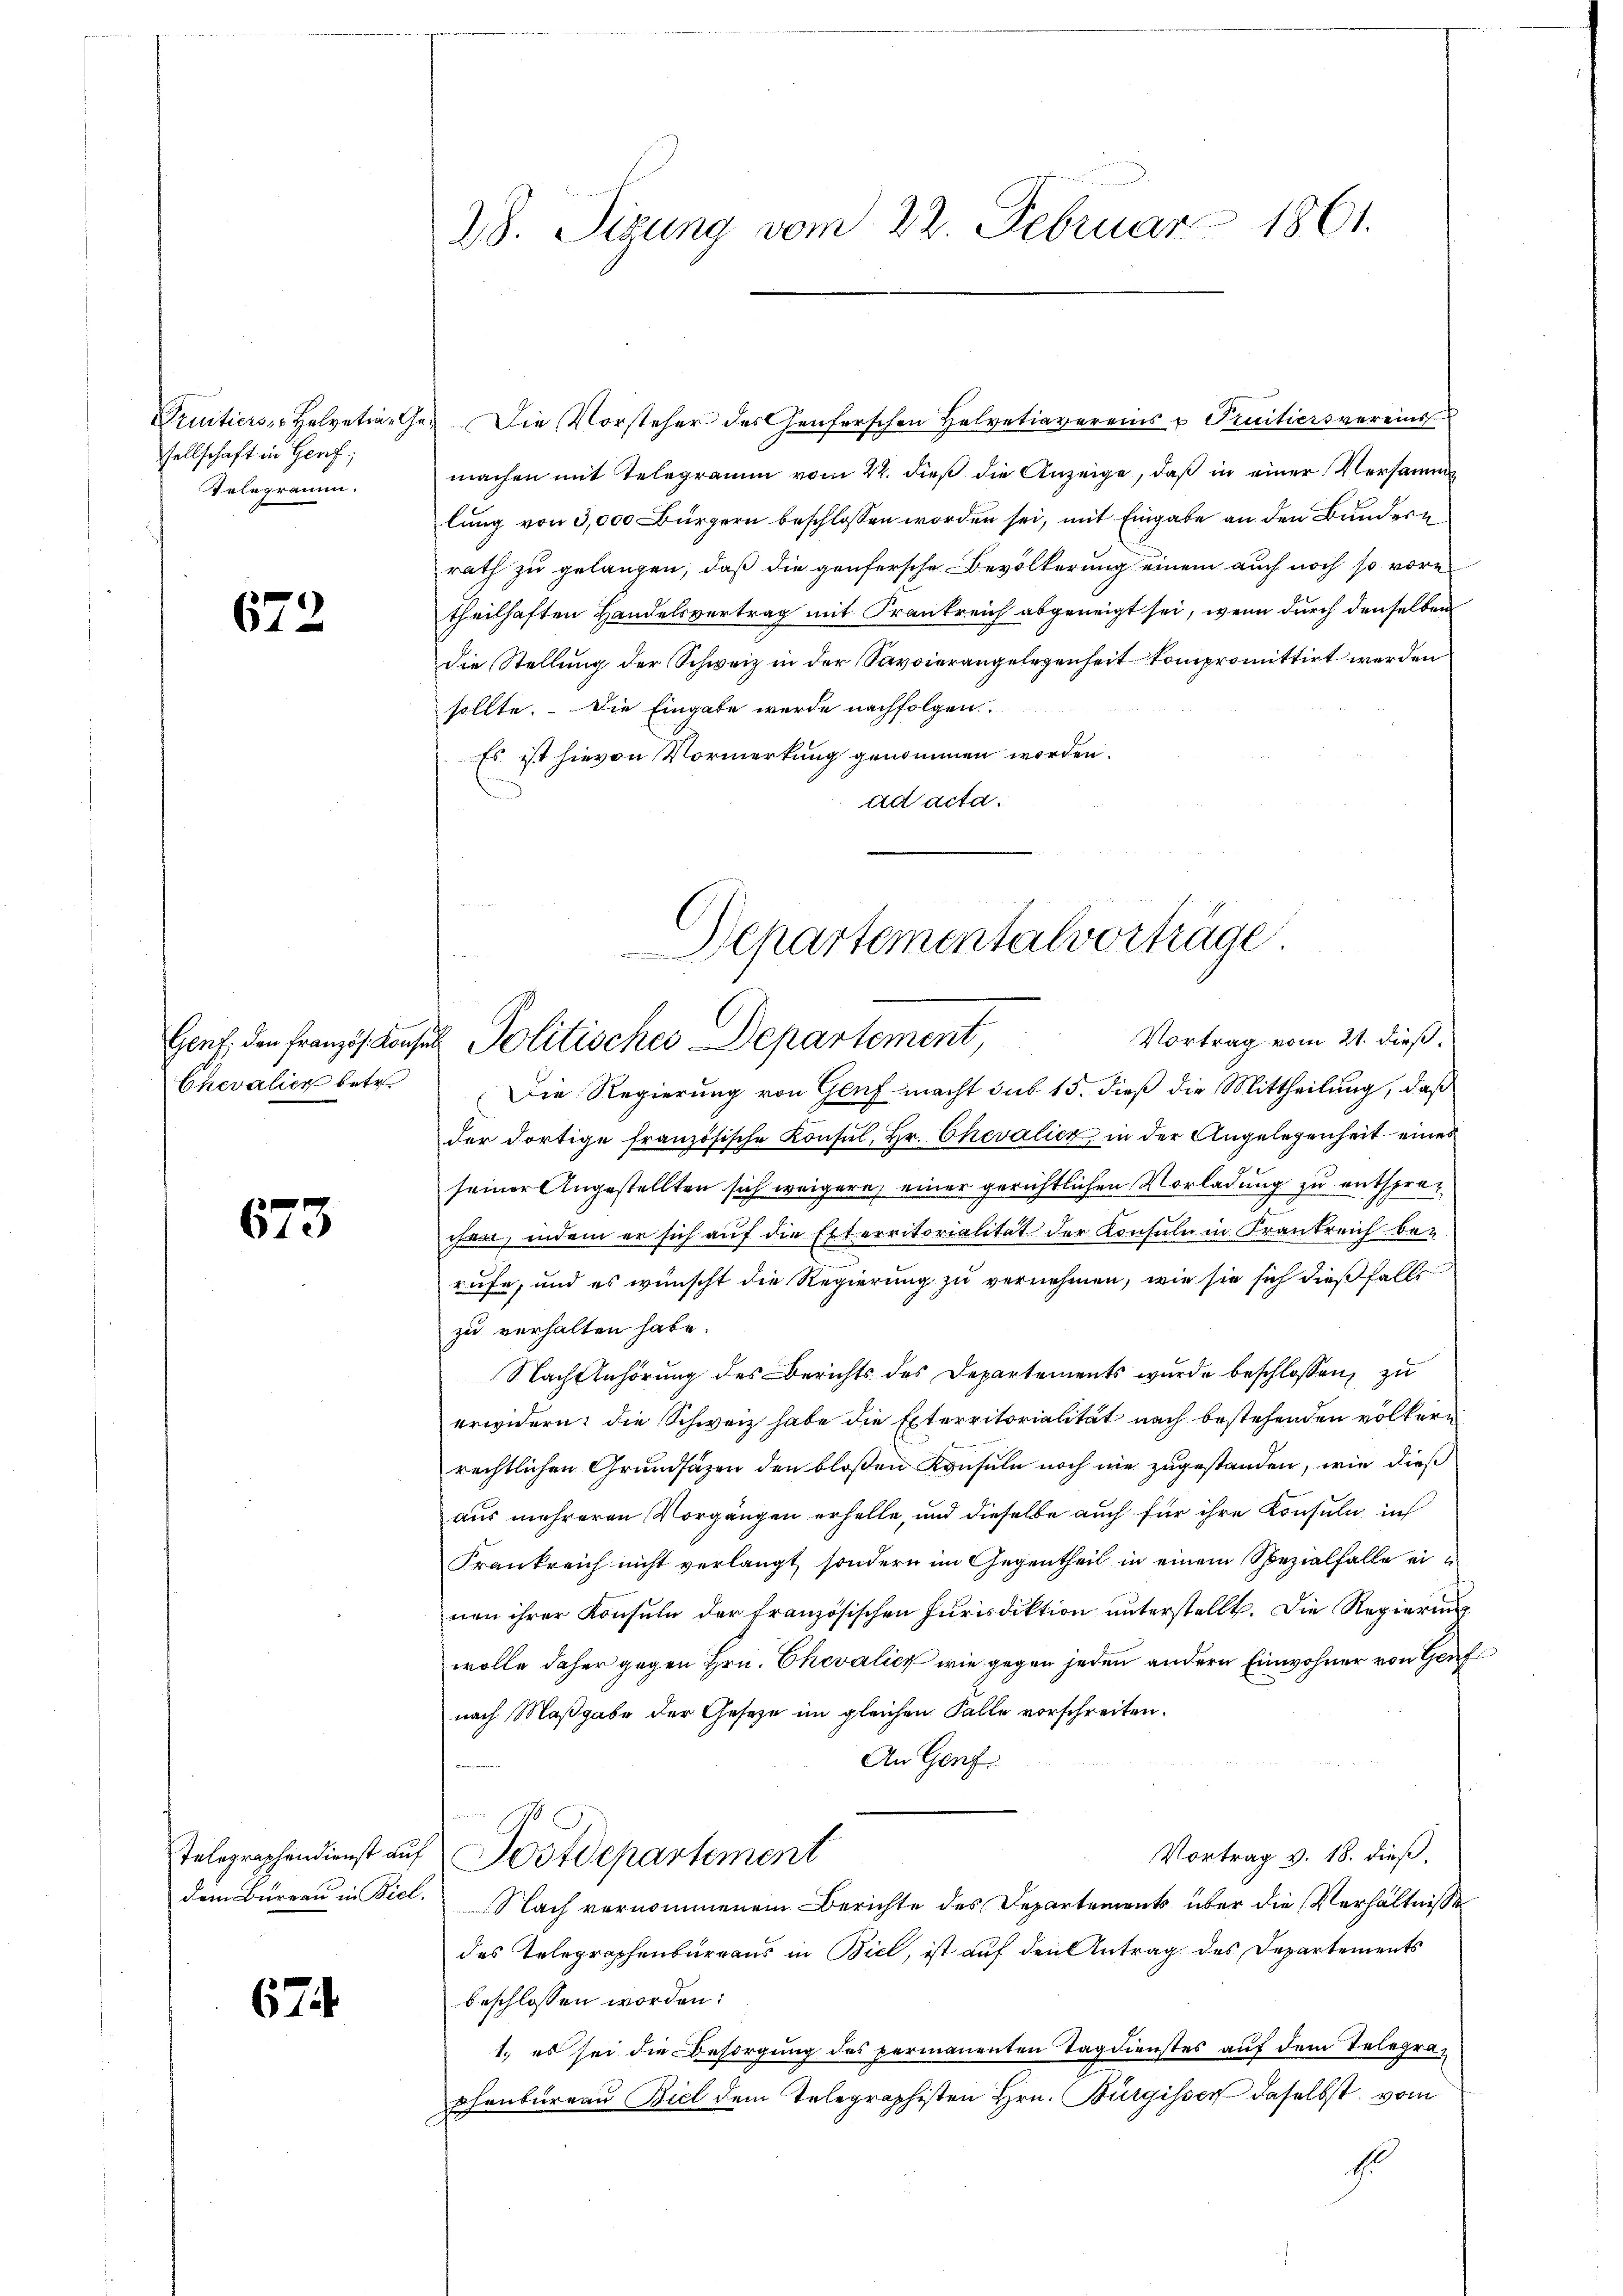
sellschaft in Gerf;
Telegramm.

672

Genf, den Französ. Konsul
Chevalien betr.

673

Truitiers, Helvetian Ge¬ Die Vorsteher des Genferschen Helvetiavereins u Pruitiersvereins
machen mit Telegramm vom 22. dieß die Anzeige, daß in einer Versamm
lung von 3,000 Bürgern beschlossen worden sei, mit Eingabe an den Bundern
rath zu gelangen, daß die genfersche Bevölkerung einem auch noch so vore
theilhaften Handelsvertrag mit Frankreich abgeneigt sei, wenn durch denselben
die Stellung der Schweiz in der Savoirrangelegenheit kompromittirt werden
sollte. Die Eingabe wurde nachfolgen.
Es ist hievon Vormerkung genommen worden.
ad acta.

Telegraphendienst auf
dem Bureau in Biel.

67

28. Sigung vom 22. Februar 1861.

Departementalvorträge
Vortrag vom 21. dieß:
Politisches Departement,

Die Regierung von Graf macht sub 15. dieß die Mittheilung, daß
der dortige französische Konsul, Hr. Chevalicz in der Angelegenheit eines
seiner Angestellten sich weigern einer gerichtlichen Vorladung zu entsprec
chen, indem er sich auf die Exterritorialität der Konsuln in Frankreich be-
rufe, und es wünscht die Regierung zu vernehmen, wie sie sich dießfalls
zu verhalten habe.
Nachtlühörung des Berichts des Departements wurde beschlossen, zu
erwidern: die Schweiz habe die Exterritorialität nach bestehenden völkern
rechtlichen Grundsätzen den bloßen Konsuln noch nie zugestanden, wie dieß
aus mehreren Vorgängen erhelle, und dieselbe auch für ihre Konsuln in
Frankreich nicht verlangt, sondern im Gegentheil in einem Spezialfalle einen ihrer Konsuln der französischen Jurisdiktion unterstellt. Die Regierung
wolle daher gegen Hrn. Chevalien wie gegen jeden andern Einwohner von Gef
nach Maßgabe der Gesetze im gleichen Falle vorschreiten.
An Genf
Vortrag v. 18. dieß.
Postdepartement
Nach vernommenem Berichte des Departements über die Verhältnisse
des Telegraphenbureaus in Biel, ist auf den Antrag des Departements
beschlossen worden:
1., es sei die Besorgung des permanenten Tag dienstes auf dem Telegraphenbureau Biel dem Telegraphisten Hrn. Bürgisser daselbst vom
E